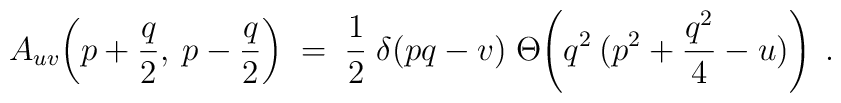
A_{uv}\!\left(p+\frac{q}{2},\:p-\frac{q}{2}\right) \;=\; \frac{1}{2}\;\delta(pq-v)\; \Theta\!\left(q^2\:(p^2+\frac{q^2}{4}-u)\right) \;.